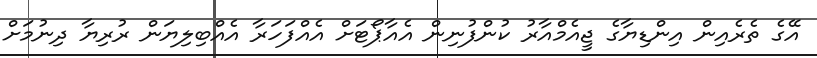
އޭގެ ތެރެއިން އިންޑިޔާގެ ޖީއެމްއާރު ކުންފުނިން އެއާޕޯޓަށް އެއްފަހަރާ އެއްބިލިޔަން ރުރިޔާ ދިނުމަށް